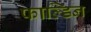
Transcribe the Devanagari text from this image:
फाल्डिन